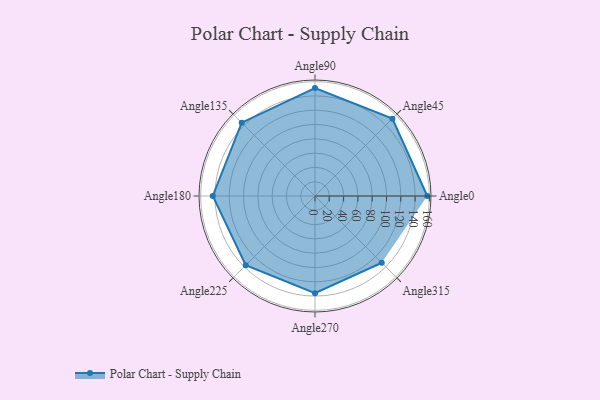
{"axis": {"x": "Angle", "y": "Radius"}, "legend": [""], "data": [{"x": "Angle0", "y": 157.0, "type": ""}, {"x": "Angle45", "y": 153.0, "type": ""}, {"x": "Angle90", "y": 151.0, "type": ""}, {"x": "Angle135", "y": 145.0, "type": ""}, {"x": "Angle180", "y": 143.0, "type": ""}, {"x": "Angle225", "y": 137.0, "type": ""}, {"x": "Angle270", "y": 136.0, "type": ""}, {"x": "Angle315", "y": 132.0, "type": ""}]}